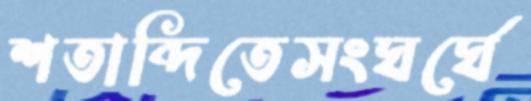
শতাব্দিতেসংঘর্ঘে